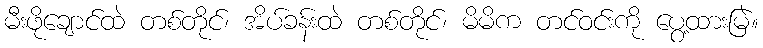
မီးဖိုချောင်ထဲ တစ်တိုင်၊ အိပ်ခန်းထဲ တစ်တိုင်၊ မိမိက တင်ဝင်းကို ပွေ့ထားမြဲ။